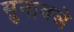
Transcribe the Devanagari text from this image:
सुनावले